Indian Civil Veterinary Department memoirs
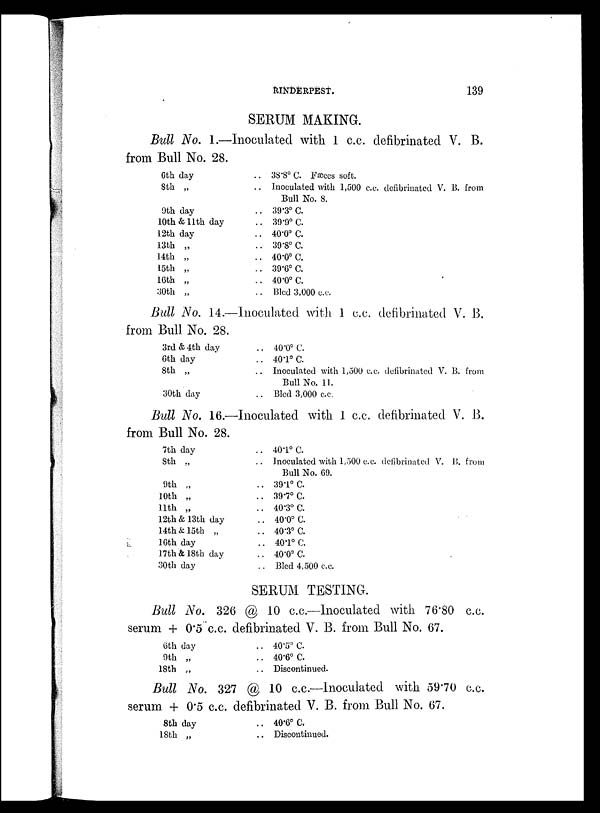
RINDERPEST.
139
SERUM MAKING.
Bull No. 1.—Inoculated with 1 c.c. defibrinated V. B.
from Bull No. 28.
6th day
8th „
9th day
10th & 11th day
12th day
13th „
14th „
15th „
16th „
30th „
.. 38.8 0 C. Fæces soft.
.. Inoculated with 1,500 c.c. defibrinated V. B. from
Bull No. 8.
.. 39.3º C.
.. 39.9º C.
.. 40.0º C.
.. 39.8º C.
.. 40.0º C.
.. 39.6º C.
.. 40.0º C.
.. Bled 3,000 c.c.
Bull No. 14.—Inoculated with 1 c.c. defibrinated V. B.
from Bull No. 28.
3rd & 4th day
6th day
8th „
30th day
.. 40.0º C.
.. 40.1º C.
.. Inoculated with 1,500 c.c. defibrinated V. B. from
Bull No. 11.
.. Bled 3,000 c.c.
Bull No. 16.—Inoculated with 1 c.c. defibrinated V. B.
from Bull No. 28.
7th day
8th „
9th „
10th „
11th „
12th & 13th day
14th & 15th „
16th day
17th & 18th day
30th day
.. 401º C.
.. Inoculated with 1,500 c.c. defibrinated V. B. from
Bull No. 69.
.. 39.1º C.
.. 39.7º C.
.. 40.3º C.
.. 40.0º C.
.. 40.3º C.
.. 40.1º C.
.. 40.0º C.
.. Bled 4,500 c.c.
SERUM TESTING.
Bull No. 326 @ 10 c.c.—Inoculated with 76.80 c.c.
serum + 0.5 c.c. defibrinated V. B. from Bull No. 67.
6th day
9th „
18th „
.. 40.5º C.
.. 40.6º C.
.. Discontinued.
Bull No. 327 @ 10 c.c.—Inoculated with 59.70 c.c.
serum + 0.5 c.c. defibrinated V. B. from Bull No. 67.
8th day
18th „
.. 40.6º C.
.. Discontinued.